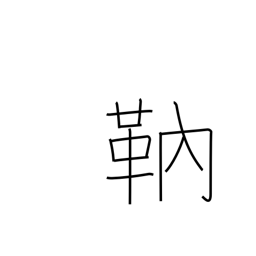
Meaning: archer's arm protector